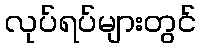
လုပ်ရပ်များတွင်